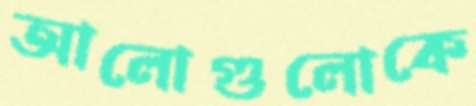
আলোগুলোকে